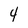
Character: 4